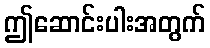
ဤဆောင်းပါးအတွက်